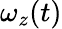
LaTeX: \omega_{z}(t)